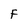
Character: F